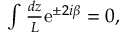
\begin{array} { r } { \int \frac { d z } { L } \mathrm { e } ^ { \pm 2 i \beta } = 0 , } \end{array}